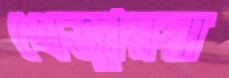
খেজুরিয়া